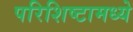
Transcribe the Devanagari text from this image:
परिशिष्टामध्ये